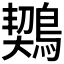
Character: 𪃈